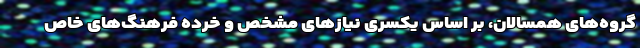
گروه‌های همسالان، بر اساس یکسری نیازهای مشخص و خرده فرهنگ‌های خاص